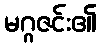
မဂ္ဂဇင်း၏